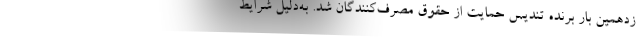
زدهمین بار برنده تندیس حمایت از حقوق مصرف‌کنندگان شد. به‌دلیل شرایط